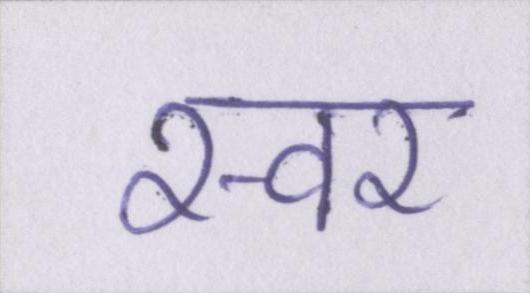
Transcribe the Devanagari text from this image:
स्वर